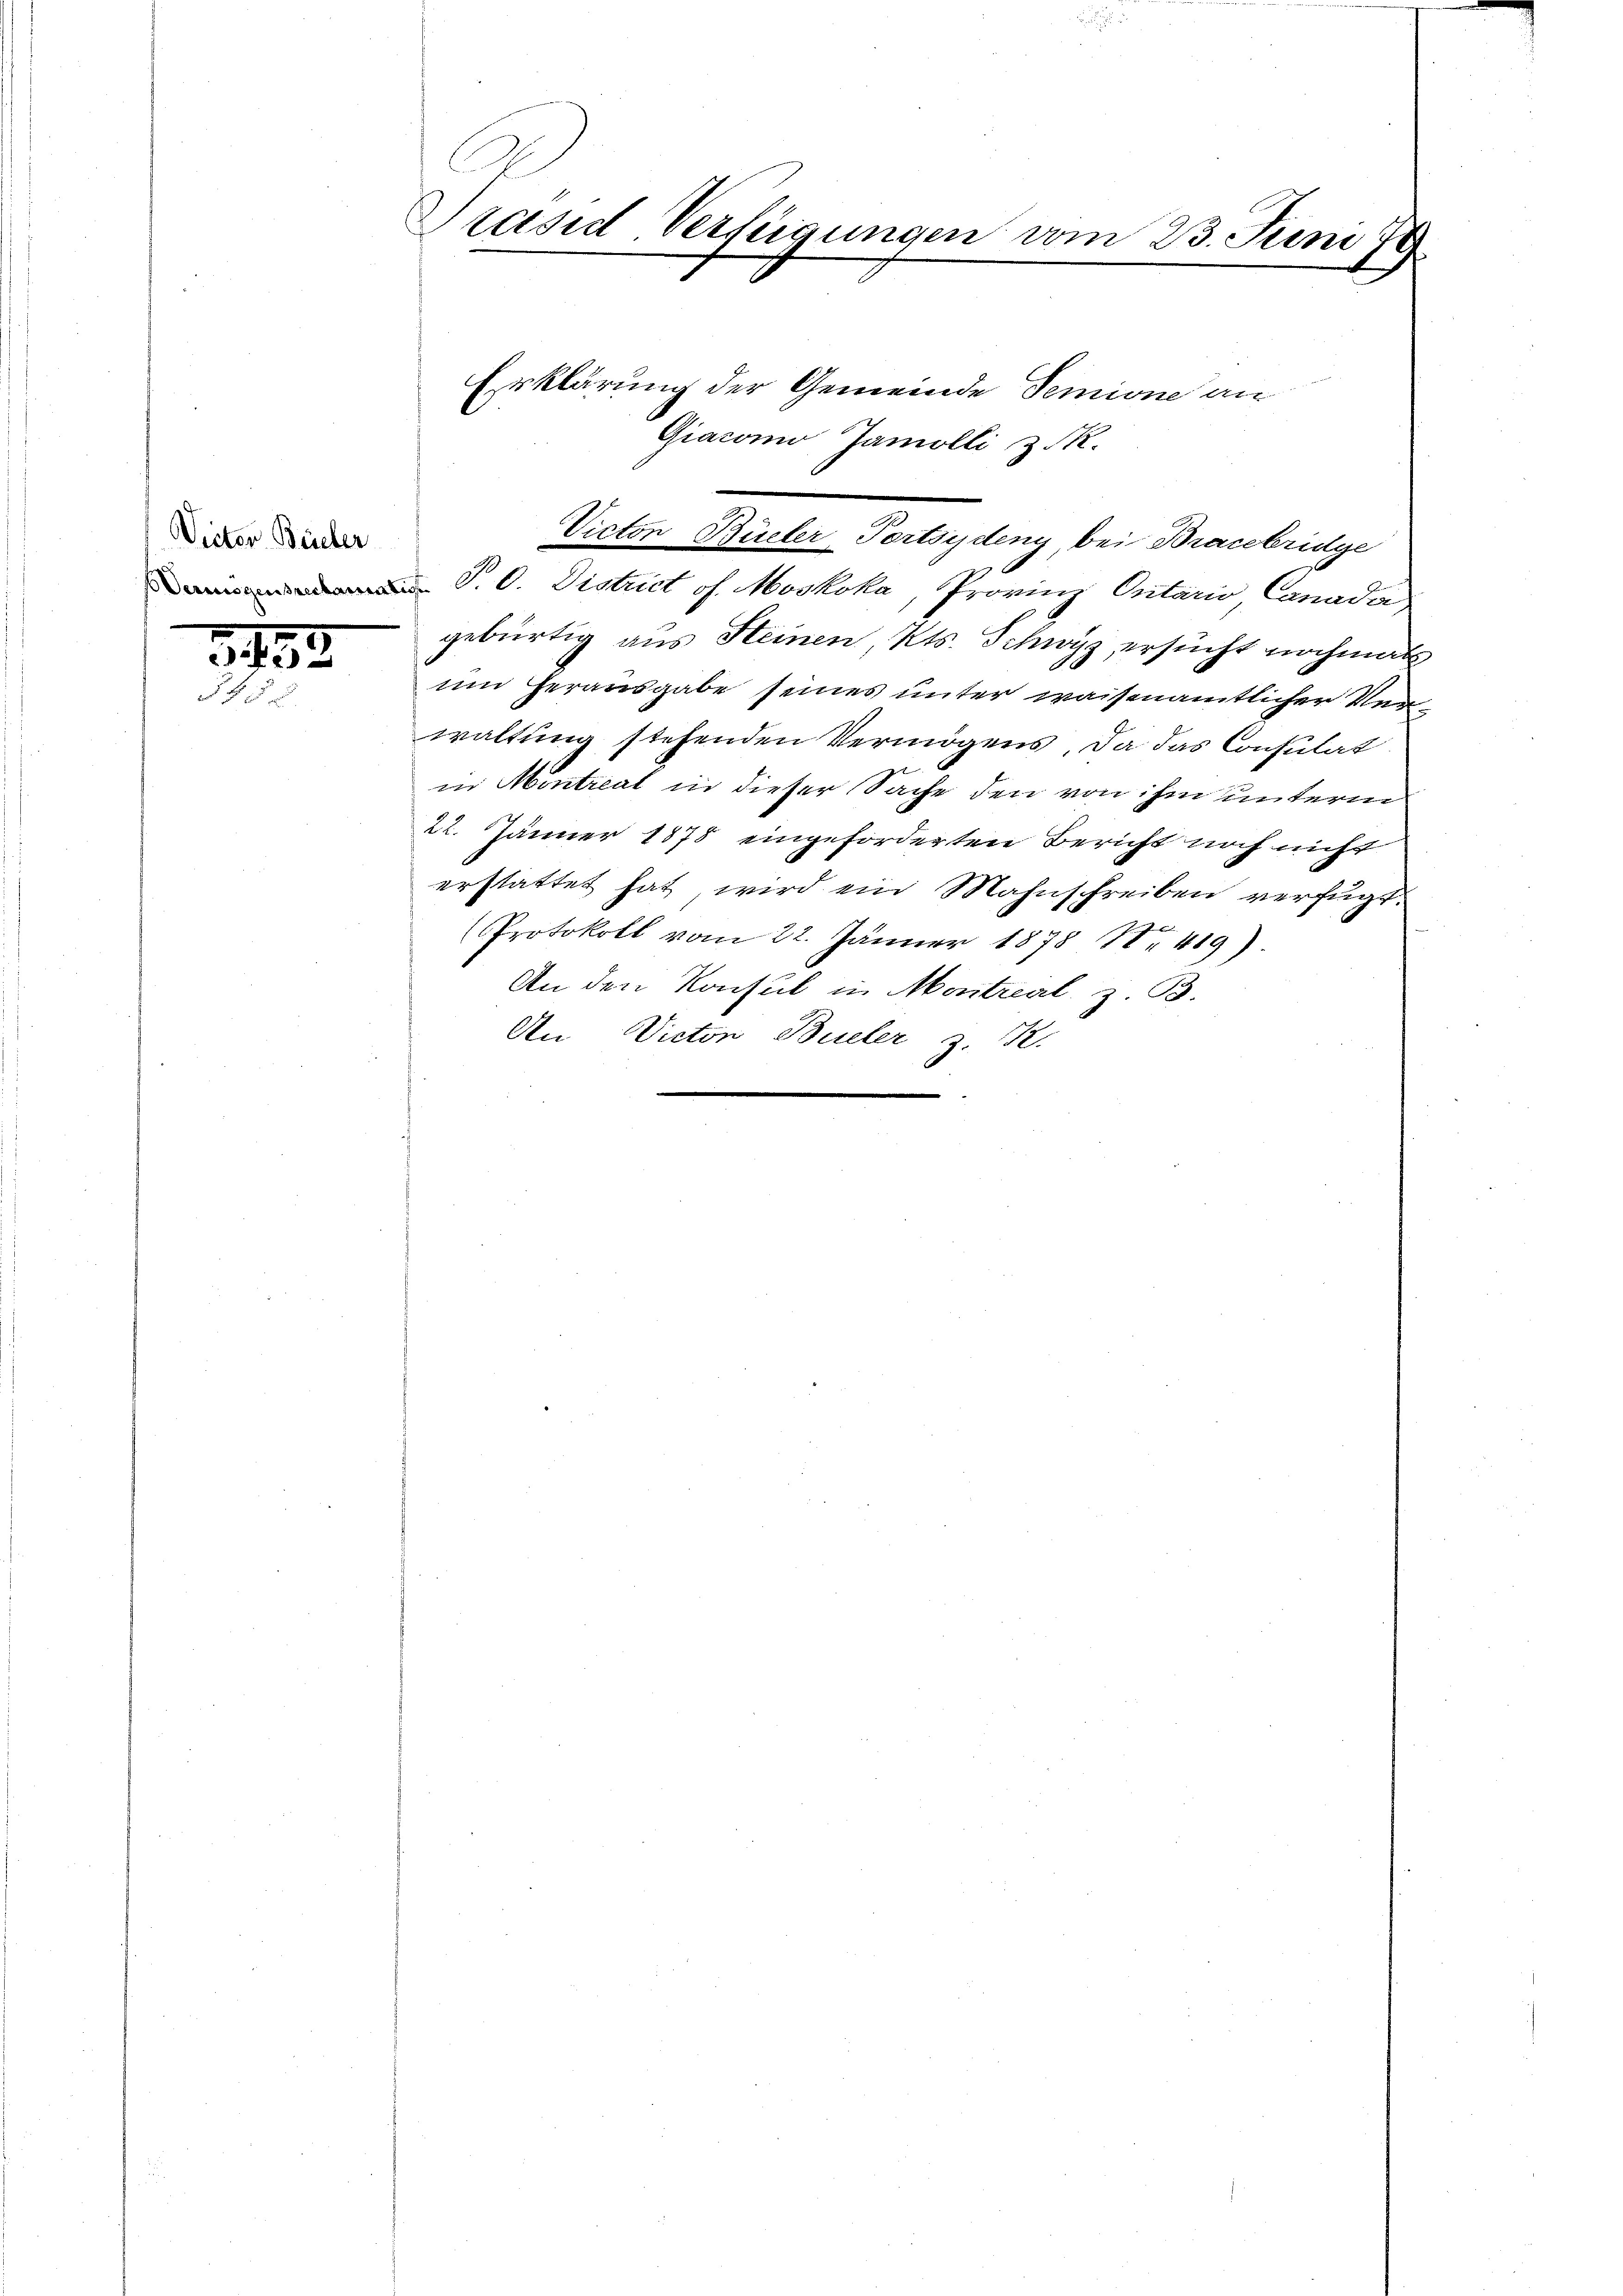
Victor Bücher
Vermögensreclamat

3493.
.

Präsid Verfügungen vom 23. Juni 19

P. O. District of. Moskoka, Provinz Ontario Canadi
gebürtig aus Steinen Kts. Schwyz ersucht nochmals
um herausgabe seines unter waisenamtlicher Ver
waltung stehenden Vermögens, da das Consulat
in Montreat in dieser Sache den von ihm unterm
22. Jänner 1878 eingeforderten Bericht noch nicht
erstattet hat, wird ein Mahnschreiben verfügt:
x
Protokoll vom 22. Jänner 1878 1. 419)
An den Konsul in Maitreal, z. B.
An Victon Büeler z. R.

Erklärung der Gemeinde Temione an
Giaconio Jamolli z. R.
Victon Büeler Portsydeny, bei Bracebridge